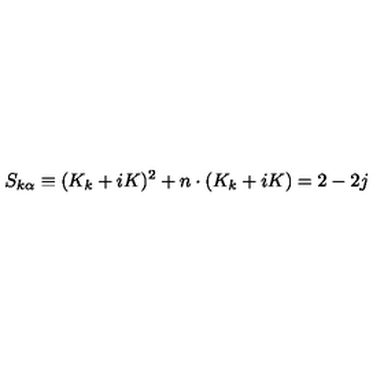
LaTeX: S _ { k \alpha } \equiv ( K _ { k } + i K ) ^ { 2 } + n \cdot ( K _ { k } + i K ) = 2 - 2 j